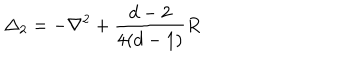
LaTeX: \Delta _ { 2 } = - \nabla ^ { 2 } + { \frac { d - 2 } { 4 ( d - 1 ) } } R